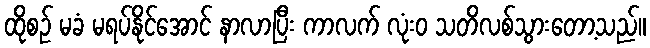
ထိုစဉ် မခံ မရပ်နိုင်အောင် နာလာပြီး ကာလက် လုံးဝ သတိလစ်သွားတော့သည်။